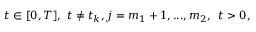
t \in [ 0 , T ] , \ t \neq t _ { k } , j = m _ { 1 } + 1 , . . . , m _ { 2 } , \, \ t > 0 ,